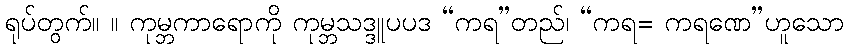
ရုပ်တွက်။ ။ ကုမ္ဘကာရောကို ကုမ္ဘသဒ္ဒူပပဒ “ကရ”တည်၊ “ကရ= ကရဏေ”ဟူသော